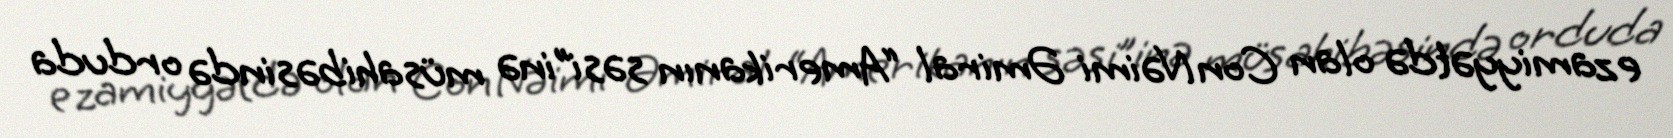
ezamiyyətdə olan Con Nəimi Əmiral “Amerikanın səsi”inə müsahibəsində orduda